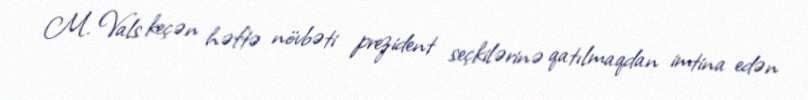
M. Vals keçən həftə növbəti prezident seçkilərinə qatılmaqdan imtina edən